Civil Veterinary Dept. Bombay admin report 1932-41 - 1932-1941
Year: 1932
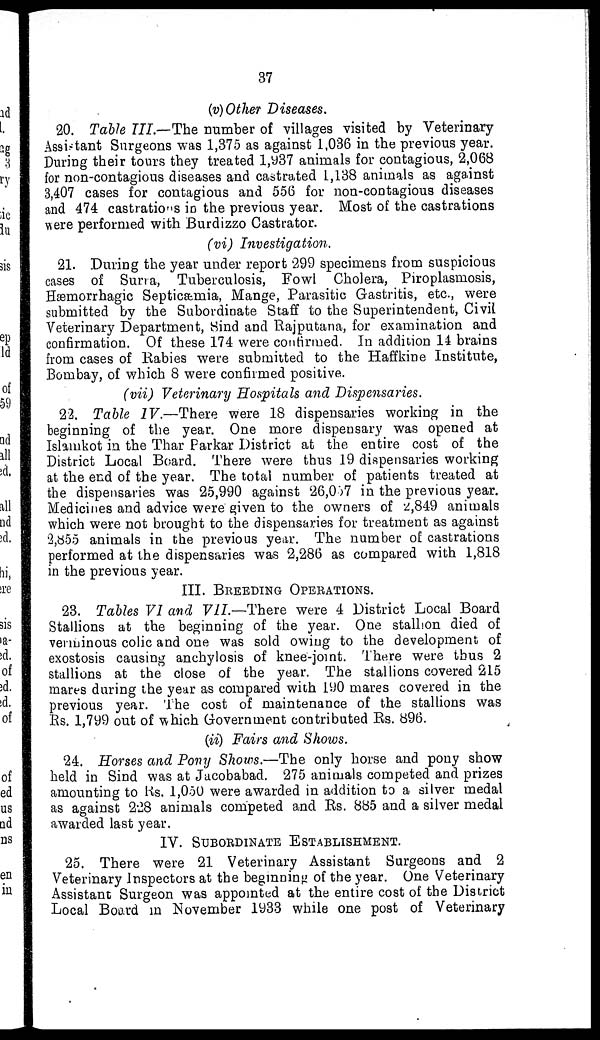
37
(v) Other Diseases.
20. Table III.—The number of villages visited by Veterinary
Assistant Surgeons was 1,375 as against 1,036 in the previous year.
During their tours they treated 1,937 animals for contagious, 2,068
for non-contagious diseases and castrated 1,138 animals as against
3,407 cases for contagious and 556 for non-contagious diseases
and 474 castrations in the previous year. Most of the castrations
were performed with Burdizzo Castrator.
(vi) Investigation.
21. During the year under report 299 specimens from suspicious
cases of Surra, Tuberculosis, Fowl Cholera, Piroplasmosis,
Hæmorrhagic Septicæmia, Mange, Parasitic Gastritis, etc., were
submitted by the Subordinate Staff to the Superintendent, Civil
Veterinary Department, Sind and Rajputana, for examination and
confirmation. Of these 174 were continued. In addition 14 brains
from cases of Rabies were submitted to the Haffkine Institute,
Bombay, of which 8 were confirmed positive.
(vii) Veterinary Hospitals and Dispensaries.
22. Table IV.—There were 18 dispensaries working in the
beginning of the year. One more dispensary was opened at
Islamkot in the Thar Parkar District at the entire cost of the
District Local Board. There were thus 19 dispensaries working
at the end of the year. The total number of patients treated at
the dispensaries was 25,990 against 26,057 in the previous year.
Medicines and advice were given to the owners of 2,849 animals
which were not brought to the dispensaries for treatment as against
2,855 animals in the previous year. The number of castrations
performed at the dispensaries was 2,286 as compared with 1,818
in the previous year.
III. BREEDING OPERATIONS.
23. Tables VI and VII.—There were 4 District Local Board
Stallions at the beginning of the year. One stallion died of
verminous colic and one was sold owing to the development of
exostosis causing anchylosis of knee-joint. There were thus 2
stallions at the close of the year. The stallions covered 215
mares during the year as compared with 190 mares covered in the
previous year. The cost of maintenance of the stallions was
Rs. 1,799 out of which Government contributed Rs. 896.
(ii) Fairs and Shows.
24. Horses and Pony Shows.—The only horse and pony show
held in Sind was at Jacobabad. 275 animals competed and prizes
amounting to Rs. 1,050 were awarded in addition to a silver medal
as against 228 animals competed and Rs. 885 and a silver medal
awarded last year.
IV. SUBORDINATE ESTABLISHMENT.
25. There were 21 Veterinary Assistant Surgeons and 2
Veterinary Inspectors at the beginning of the year. One Veterinary
Assistant Surgeon was appointed at the entire cost of the District
Local Board in November 1933 while one post of Veterinary